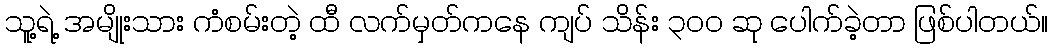
သူ့ရဲ့ အမျိုးသား ကံစမ်းတဲ့ ထီ လက်မှတ်ကနေ ကျပ် သိန်း ၃၀၀ ဆု ပေါက်ခဲ့တာ ဖြစ်ပါတယ်။